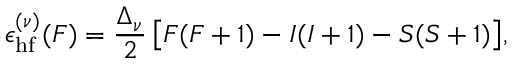
\epsilon _ { \mathrm { h f } } ^ { ( \nu ) } ( F ) = \frac { \Delta _ { \nu } } { 2 } \, \big [ F ( F + 1 ) - I ( I + 1 ) - S ( S + 1 ) \big ] ,